Document type: Fief grant
Year: 1411
Scribe: Arnau de Lledó
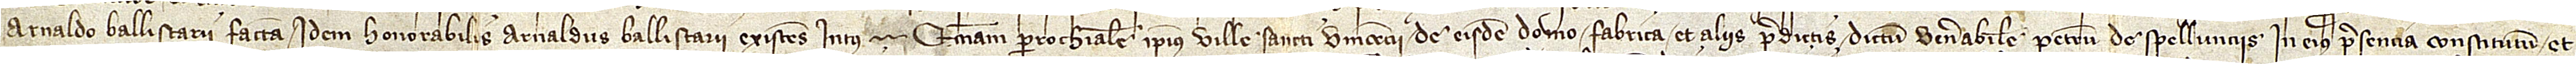
Arnaldo Ballistarii facta, idem honorabilis Arnaldus Ballistarii, existens intus  ecclesiam parrochialem ipsius ville Sancti Vincencii, de eisdem domo, fabrica et alii predictis dictum venerabilem Petrum de Spellunciis, in eius presencia constitutum et